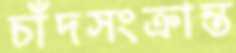
চাঁদসংক্রান্ত